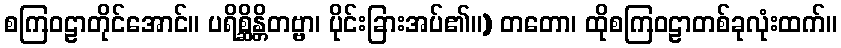
စကြဝဠာတိုင်အောင်။ ပရိစ္ဆိန္တိတဗ္ဗာ၊ ပိုင်းခြားအပ်၏။) တတော၊ ထိုစကြဝဠာတစ်ခုလုံးထက်။